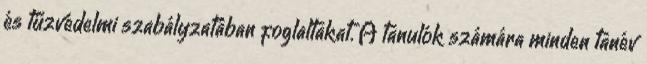
és tűzvédelmi szabályzatában foglaltakat. A tanulók számára minden tanév